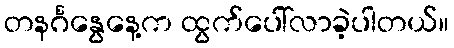
တနင်္ဂနွေနေ့က ထွက်ပေါ်လာခဲ့ပါတယ်။